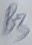
Text: B3